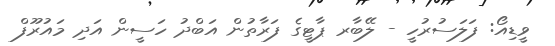
ވީޑިއޯ: ފަލަސުރުހީ - ލޭބާރ ޕާޓީގެ ފަރާތުން އަބްދު ހަސީން އަދި މައުރޫފް